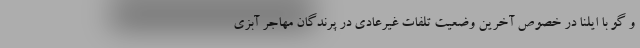
و گو با ایلنا در خصوص آخرین وضعیت تلفات غیرعادی در پرندگان مهاجر آبزی